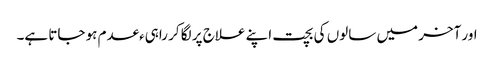
اور آخر میں سالوں کی بچت اپنے علاج پر لگا کر راہیءعدم ہو جاتا ہے۔